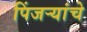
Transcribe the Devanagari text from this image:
पिंजऱ्यांचे